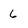
Character: 6